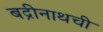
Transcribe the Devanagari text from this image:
बद्रीनाथची